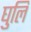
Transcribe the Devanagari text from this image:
घुलि